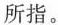
所指。